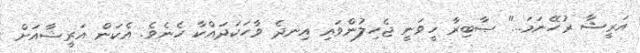
އަރީޝާ ރުހޭނަމަ..." ޞާބިރާ ހީވަނީ ޖެހިލުންވައި އިނދެ ވާހަކަދައްކާ ހެނެވެ. އެކަން އަރީޝާއަށް